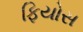
ફિયોસ